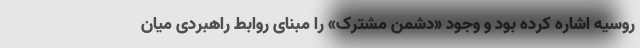
روسیه اشاره کرده بود و وجود «دشمن مشترک» را مبنای روابط راهبردی میان